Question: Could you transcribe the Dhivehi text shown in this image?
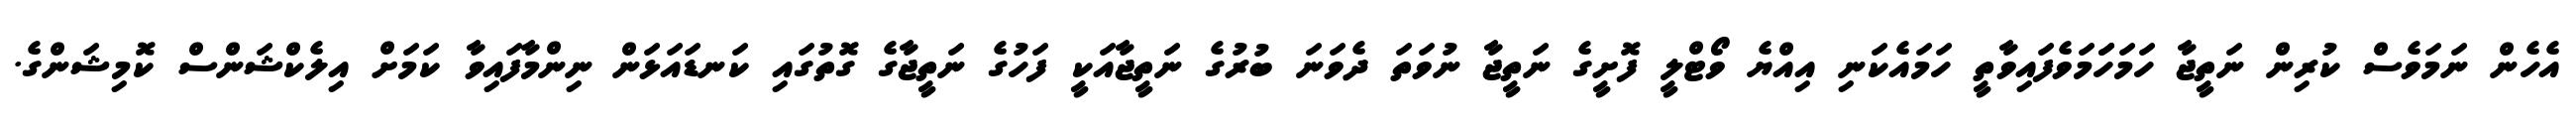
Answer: އެހެން ނަމަވެސް ކުރިން ނަތީޖާ ހަމަހަަމަވެފައިވާތީ ހަމައެކަނި އިއްޔެ ވޯޓްލީ ފޮށީގެ ނަތީޖާ ނުވަތަ ދެވަނަ ބުރުގެ ނަތީޖާއަކީ ފަހުގެ ނަތީޖާގެ ގޮތުގައި ކަނޑައަޅަން ނިންމާފައިވާ ކަމަށް އިލެކްޝަންސް ކޮމިޝަންގެ.